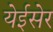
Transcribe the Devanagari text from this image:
येईसेर